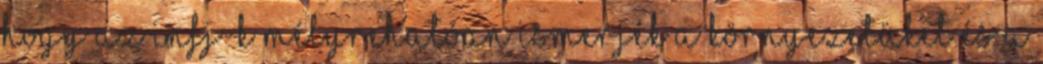
hogy az INFJ-k mélyrehatóan ismerjék a környezetüket és a